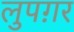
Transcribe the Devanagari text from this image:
लुपग़र